Civil Veterinary Department. Central Provinces & Berar 1932-41 - 1932-1941
Year: 1932
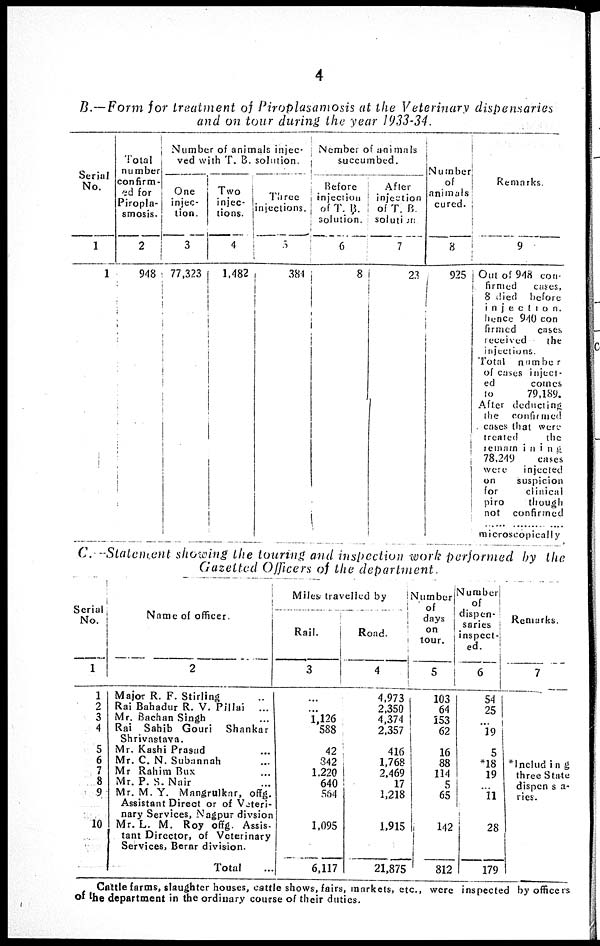
4
B.—Form for treatment of Piroplasamosis
at the Veterinary
dispensaries
and on tour during the year 1933-34.
Serial
No.
1
1
Total
number
confirm-
ed for
Piropla-
smosis.
2
948
Number of animals injec-
ved with T. B. solution.
One
injec-
tion.
3
77,323
Two
injec-
tions.
4
1,482
Three
injections.
5
384
Nember of animals
succumbed.
Before
injection
of T. B.
solution.
6
8
After
injection
of T. B.
solution
7
23
Number
of
animals
cured.
8
925
Remarks.
9
Out of 948 con-
firmed
cases.
8 died
before
injection.
hence 940 con
firmed
cases
received
the
injections.
Total
number
of cases inject-
ed
comes
to
79,189.
After deducting
the
confirmed
cases that were
treated
the
remaining
78,249
cases
were
injected
on
suspicion
for
clinical
piro
though
not confirmed
...... ....... ......
microscopically
C. Statement showing the touring and inspection work performed
by the
Gazetted Officers of the
department.
Serial
No.
1
1
2
3
4
5
6
7
8
9
10
Name of officer.
2
Major R. F. Stirling ..
Rai Bahadur R. V. Pillai ...
Mr. Bachan Singh ...
Rai Sahib Gouri
Shankar
Shrivastava.
Mr. Kashi Prasad ...
Mr. C. N. Subannah ...
Mr Rahim Bux ...
Mr. P. S. Nair ...
Mr. M. Y. Mangrulkar, offg.
Assistant Direct or of Veteri-
nary Services, Nagpur divsion
Mr. L. M. Roy offg. Assis-
tant Director, of Veterinary
Services, Berar division.
Total ...
Miles travelled by
Rail.
3
...
...
1,126
588
42
342
1,220
640
564
1,095
6,117
Road.
4
4,973
2,350
4,374
2,357
416
1,768
2,469
17
1,218
1,915
21,875
Number
days
on
tour.
5
103
64
153
62
16
88
114
5
65
142
812
Number
of
dispen-
saries
inspect-
ed.
6
54
25
...
19
5
*18
19
...
11
28
179
Remarks.
7
*Including
three State
dispen sa-
ries.
Cattle farms, slaughter houses, cattle shows, fairs, markets, etc., were inspected by officers
of the department in the ordinary course of their duties.